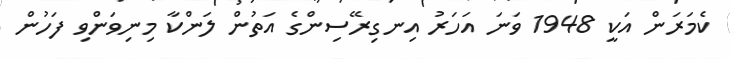
ކެމަރަން އަކީ 1948 ވަނަ އަހަރު އިނގިރޭސިންގެ އަތުން ލަންކާ މިނިވަންވި ފަހުން